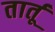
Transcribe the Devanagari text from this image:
तार्तू